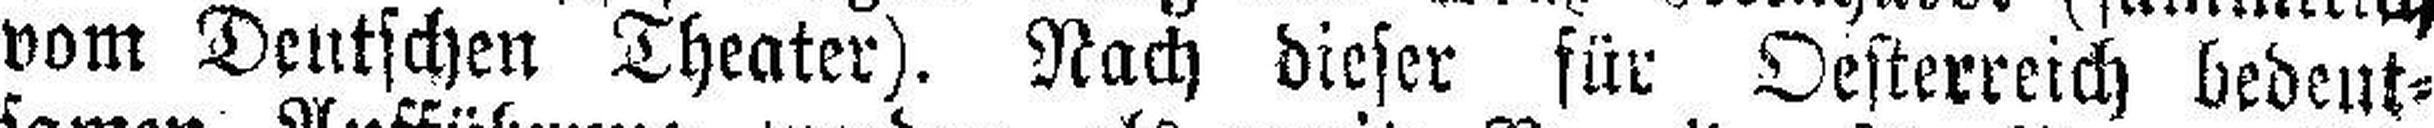
vom Deutschen Theater). Nach dieser für Oesterreich bedeut¬